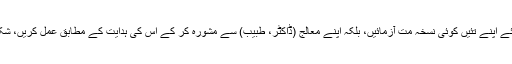
اِس لئے اپنے تئیں کوئی نسخہ مت آزمائیں، بلکہ اپنے معالج (ڈاکٹر، طبیب) سے مشورہ کر کے اس کی ہدایت کے مطابق عمل کریں، شکریہ۔